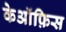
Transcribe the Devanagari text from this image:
केऑफ़िस